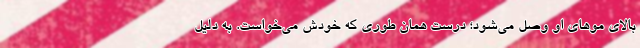
بالای موهای او وصل می‌شود؛ درست همان‌ طوری که خودش می‌خواست. به دلیل